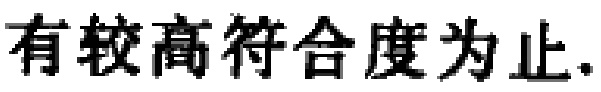
有较高符合度为止.